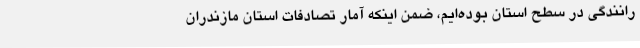
رانندگی در سطح استان بوده‌ایم، ضمن اینکه آمار تصادفات استان مازندران